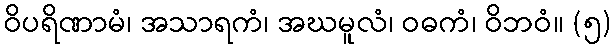
ဝိပရိဏာမံ၊ အသာရကံ၊ အဃမူလံ၊ ဝဓကံ၊ ဝိဘဝံ။ (၅)